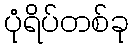
ပုံရိပ်တစ်ခု